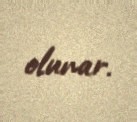
olunar.